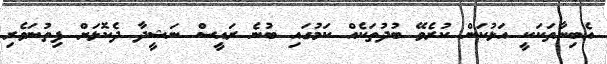
އެބިނާތަކަކީ އަޅުކަން ކުރެވޭ ބުދުތަކެއް ކަމުގައި ބުނެ ރައީސް ނަޝީދާ ދެކޮޅަށް ފިތުނަވެރި